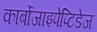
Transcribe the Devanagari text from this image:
कार्बोजाइपेप्टिडेज